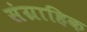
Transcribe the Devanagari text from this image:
संग्राहिक